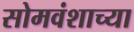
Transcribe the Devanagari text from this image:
सोमवंशाच्या